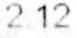
2.12